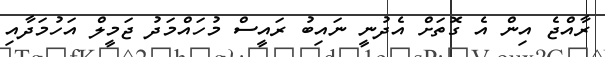
ރާއްޖެ އިން އެ ގޮތަށް އެދުނީ ނައިބު ރައީސް މުހައްމަދު ޖަމީލް އަހުމަދާއި